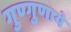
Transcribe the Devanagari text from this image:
गुण्गुणाये